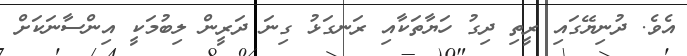
އެވެ. ދުނިޔޭގައި ރީތި ދިގު ހަޔާތަކާއި ރަނގަޅު ގިނަ ދަރީން ލިބުމަކީ އިންސާނަކަށް